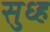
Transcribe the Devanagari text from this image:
सुध्ह